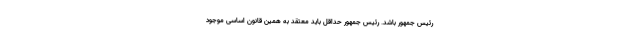
رئیس جمهور باشد. رئیس جمهور حداقل باید معتقد به همین قانون اساسی موجود